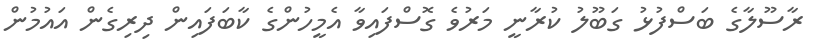
ރާސޫލާގެ ބަސްފުޅު ގަބޫލު ކުރާނީ މަރުވެ ގޮސްފައިވާ އެމީހުންގެ ކާބަފައިން ދިރިގެން އައުމުން